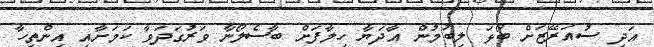
އަދި ސުއަރޭޒަށް ބޯޅަ ލިބުމުން އާދަޔާ ހިލާފަށް ބާސެލޯނާ ވަރުގަދަވާ ކަމަށާއި އިންތިހާ